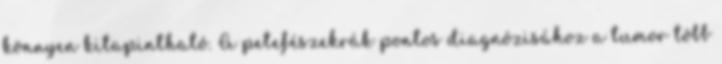
könnyen kitapintható. A petefészekrák pontos diagnózisához a tumor több